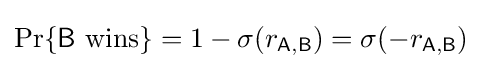
\Pr\{{\mathsf {B}}~{\textrm {wins}}\}=1-\sigma (r_{\mathsf {A,B}})=\sigma (-r_{\mathsf {A,B}})